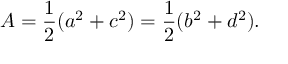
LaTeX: A = { \frac { 1 } { 2 } } ( a ^ { 2 } + c ^ { 2 } ) = { \frac { 1 } { 2 } } ( b ^ { 2 } + d ^ { 2 } ) .